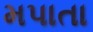
મપાતા